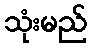
သုံးမည်